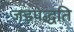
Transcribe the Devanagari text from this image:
जड़पद्धति